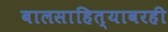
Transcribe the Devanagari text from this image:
बालसाहित्यावरही